Annual administration report of the Civil Veterinary Department, Ajmere-Merwara, British Rajputana - 1914-1940
Year: 1914
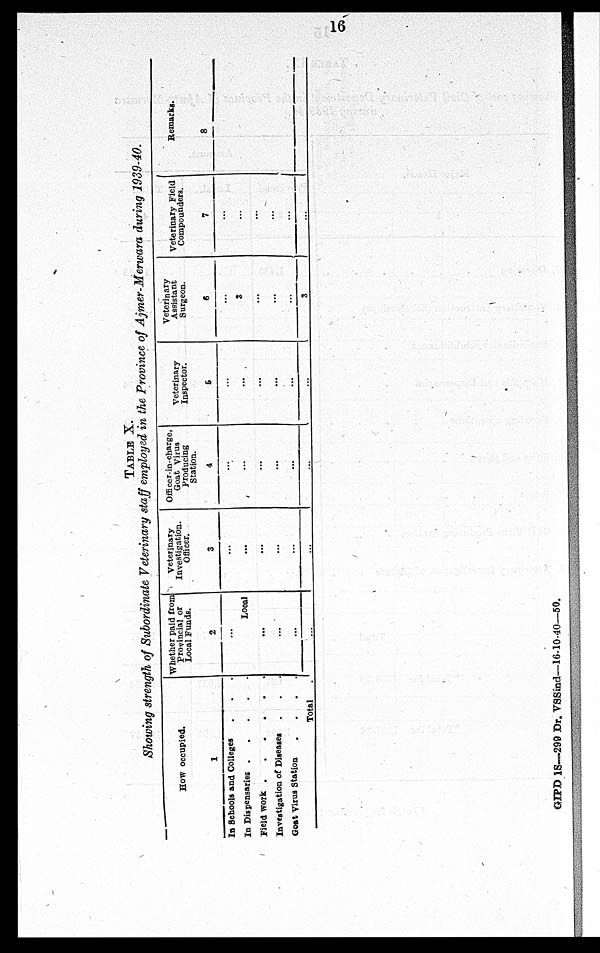
16
TABLE X.
Showing strength of Subordinate Veterinary staff employed in the Province of Ajmer-Merwara during 1939-40.
How occupied.
1
In Schools and Colleges . . .
In Dispensaries
Field work
Investigation of Diseases . . .
Goat Virus Station
....
Total .
Whether paid from
Provincial or
Local Funds.
2
...
Local
...
...
...
...
Veterinary
Investigation.
Officer.
3
...
...
...
...
...
...
Officer-in-charge,
Goat Virus
Producing
Station.
4
...
...
...
...
...
...
Veterinary
Inspector.
5
...
...
...
...
...
...
Veterinary
Assistant
Surgeon.
6
...
3
...
...
...
3
Veterinary Field
Compounders.
7
...
...
...
...
...
...
Remarks.
8
GIPD IS—299 Dr. VSSind—16-10-40—50.